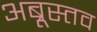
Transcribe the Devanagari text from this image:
अब्रूस्तव